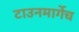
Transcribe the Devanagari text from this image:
टाउनमार्गेच